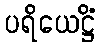
ပရိယေဋ္ဌိံ